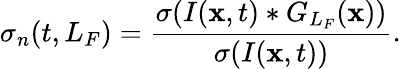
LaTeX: \sigma_{n}(t,L_{F})=\frac{\sigma(I({\mathbf x},t)*G_{L_{F}}({\mathbf x}))}{\sigma(I({\mathbf x},t))}.